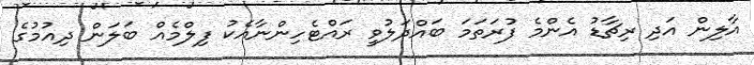
އާލިން އަދި ރިޗާޑު އެންމެ ފުރަތަމަ ބައްދަލުވީ ރައްޓެހިންނާއެކު ފިލްމެއް ބަލަން ދިއުމުގެ